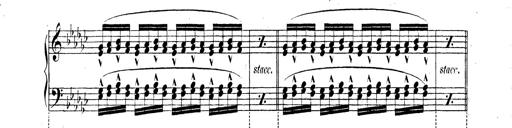
Title: Technische Studien
Composer: Franz Liszt